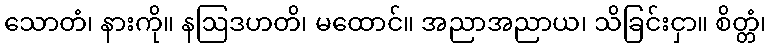
သောတံ၊ နားကို။ နဩဒဟတိ၊ မထောင်။ အညာအညာယ၊ သိခြင်းငှာ။ စိတ္တံ၊